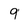
Character: 9